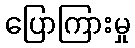
ပြောကြားမှု